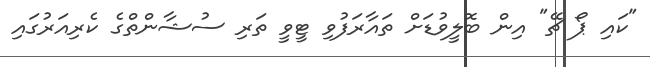
"ކައި ޕޯ ޗޭ" އިން ބޮލީވުޑަށް ތައާރަފުވި ޓީވީ ތަރި ސުޝާންތްގެ ކެރިއަރުގައި